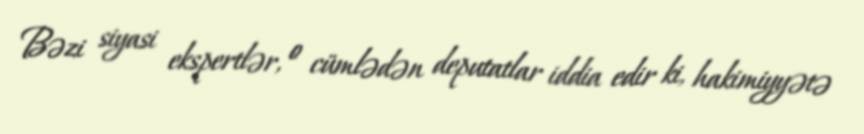
Bəzi siyasi ekspertlər, o cümlədən deputatlar iddia edir ki, hakimiyyətə